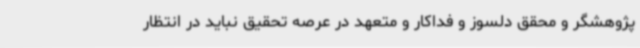
پژوهشگر و محقق دلسوز و فداکار و متعهد در عرصه تحقیق نباید در انتظار